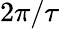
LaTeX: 2\pi/\tau